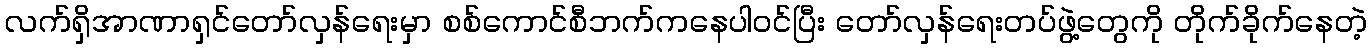
လက်ရှိအာဏာရှင်တော်လှန်ရေးမှာ စစ်ကောင်စီဘက်ကနေပါဝင်ပြီး တော်လှန်ရေးတပ်ဖွဲ့တွေကို တိုက်ခိုက်နေတဲ့